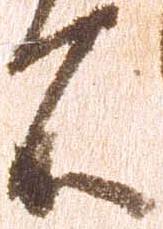
所